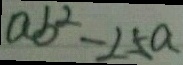
a b ^ { 2 } - 2 5 a